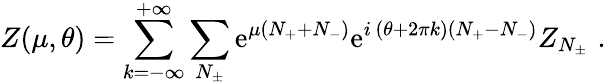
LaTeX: Z(\mu,\theta)=\sum_{k=-\infty}^{+\infty}\sum_{N_{\pm}}\mathrm{e}^{\mu(N_{+}+N_{-})}\mathrm{e}^{i\, (\theta+2\pi k)(N_{+}-N_{-})}Z_{N_{\pm}}\, \, .